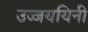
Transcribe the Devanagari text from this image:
उज्जययिनी